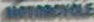
MOTORCYCLE